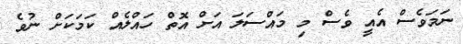
ނަމަވެސް އެއީ ވެސް މި މައްސަލަ އަށް އޮތް ހައްލެއް ކަމަކަށް ނުވެ